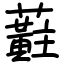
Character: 蘣